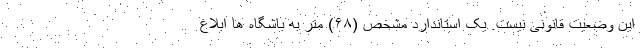
این وضعیت قانونی نیست. یک استاندارد مشخص (۶۸) متر به باشگاه ها ابلاغ